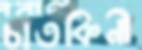
চাতকিনী